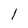
Character: 1